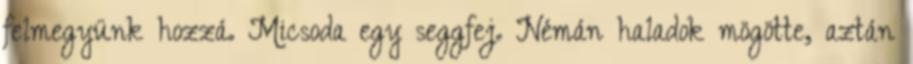
felmegyünk hozzá. Micsoda egy seggfej. Némán haladok mögötte, aztán